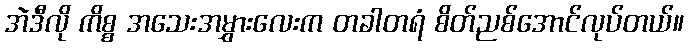
အဲဒီလို ကိစ္စ အသေးအမွှားလေးက တခါတရံ စိတ်ညစ်အောင်လုပ်တယ်။